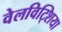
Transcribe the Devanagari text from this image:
वेलविट्शिया